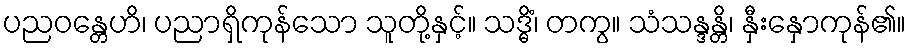
ပညဝန္တေဟိ၊ ပညာရှိကုန်သော သူတို့နှင့်။ သဒ္ဓိံ၊ တကွ။ သံသန္ဒန္တိ၊ နှီးနှောကုန်၏။